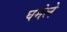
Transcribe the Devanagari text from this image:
घमेले